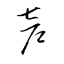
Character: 声